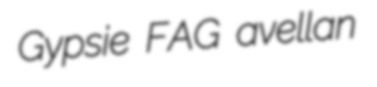
Gypsie FAG avellan